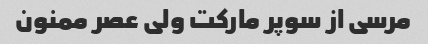
مرسی از سوپر مارکت ولی عصر ممنون